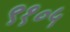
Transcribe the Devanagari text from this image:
९१०५